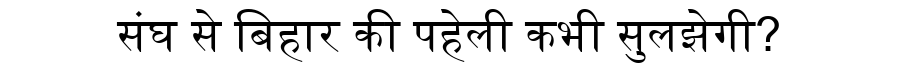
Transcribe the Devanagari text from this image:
संघ से बिहार की पहेली कभी सुलझेगी?